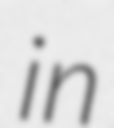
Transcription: in